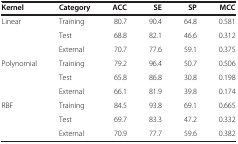
<table><thead><tr><td><b>Kernel</b></td><td><b>Category</b></td><td><b>ACC</b></td><td><b>SE</b></td><td><b>SP</b></td><td><b>MCC</b></td></tr></thead><tbody><tr><td>Linear</td><td>Training</td><td>80.7</td><td>90.4</td><td>64.8</td><td>0.581</td></tr><tr><td> </td><td>Test</td><td>68.8</td><td>82.1</td><td>46.6</td><td>0.312</td></tr><tr><td> </td><td>External</td><td>70.7</td><td>77.6</td><td>59.1</td><td>0.375</td></tr><tr><td>Polynomial</td><td>Training</td><td>79.2</td><td>96.4</td><td>50.7</td><td>0.506</td></tr><tr><td> </td><td>Test</td><td>65.8</td><td>86.8</td><td>30.8</td><td>0.198</td></tr><tr><td> </td><td>External</td><td>66.1</td><td>81.9</td><td>39.8</td><td>0.174</td></tr><tr><td>RBF</td><td>Training</td><td>84.5</td><td>93.8</td><td>69.1</td><td>0.665</td></tr><tr><td> </td><td>Test</td><td>69.7</td><td>83.3</td><td>47.2</td><td>0.332</td></tr><tr><td> </td><td>External</td><td>70.9</td><td>77.7</td><td>59.6</td><td>0.382</td></tr></tbody></table>